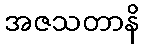
အဇသတာနိ